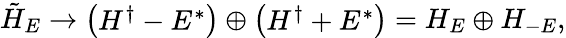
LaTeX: \tilde{H}_{E}\rightarrow\left(\begin{array}{cc}{H^{\dagger}-E^{*}}\end{array}\right)\oplus\left(\begin{array}{cc}{H^{\dagger}+E^{*}}\end{array}\right)=H_{E}\oplus H_{-E},